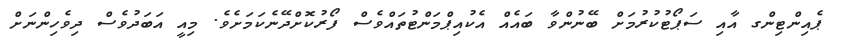
ޕެއިންޓިންގ އާއި ސަޕޯޓުކުރުމަށް ބޭނުންވާ ބައެއް އެކުއިޕްމަންޓުތައްވެސް ފޯރުކޮށްދޭނެކަމަށެވެ. މިއީ އަބަދުވެސް ދިވެހިންނަށް